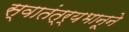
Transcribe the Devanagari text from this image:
स्वातंत्र्यभानूने